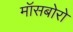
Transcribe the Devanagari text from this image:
मॉसबोरो